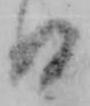
日